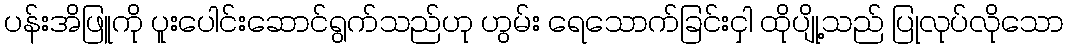
ပန်းအိဖြူကို ပူးပေါင်းဆောင်ရွက်သည်ဟု ဟွမ်း ရေသောက်ခြင်းငှါ ထိုပျို့သည် ပြုလုပ်လိုသော